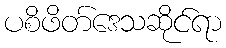
ပစိဖိတ်ဒေသဆိုင်ရာ